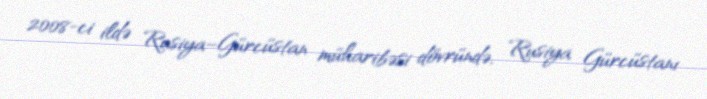
2008-ci ildə Rusiya–Gürcüstan müharibəsi dövründə, Rusiya Gürcüstanı